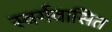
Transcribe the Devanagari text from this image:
स्वर्गवासित